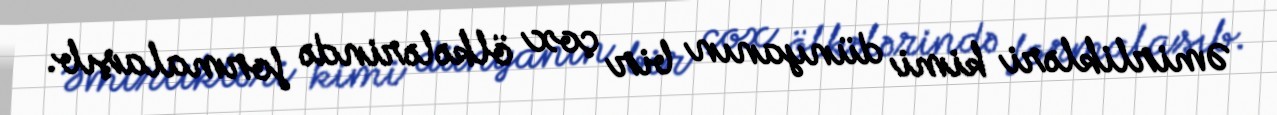
Əmirlikləri kimi dünyanın bir çox ölkələrində formalaşıb.